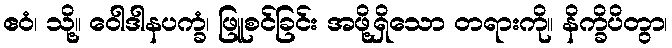
ဧဝံ၊ သို့။ ဝေါဒါနပက္ခံ၊ ဖြူစင်ခြင်း အဖို့ရှိသော တရားကို။ နိက္ခိပိတွာ၊